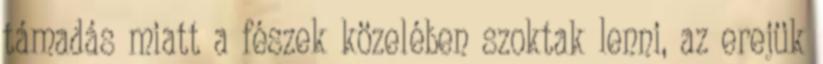
támadás miatt a fészek közelében szoktak lenni, az erejük